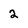
Character: 2